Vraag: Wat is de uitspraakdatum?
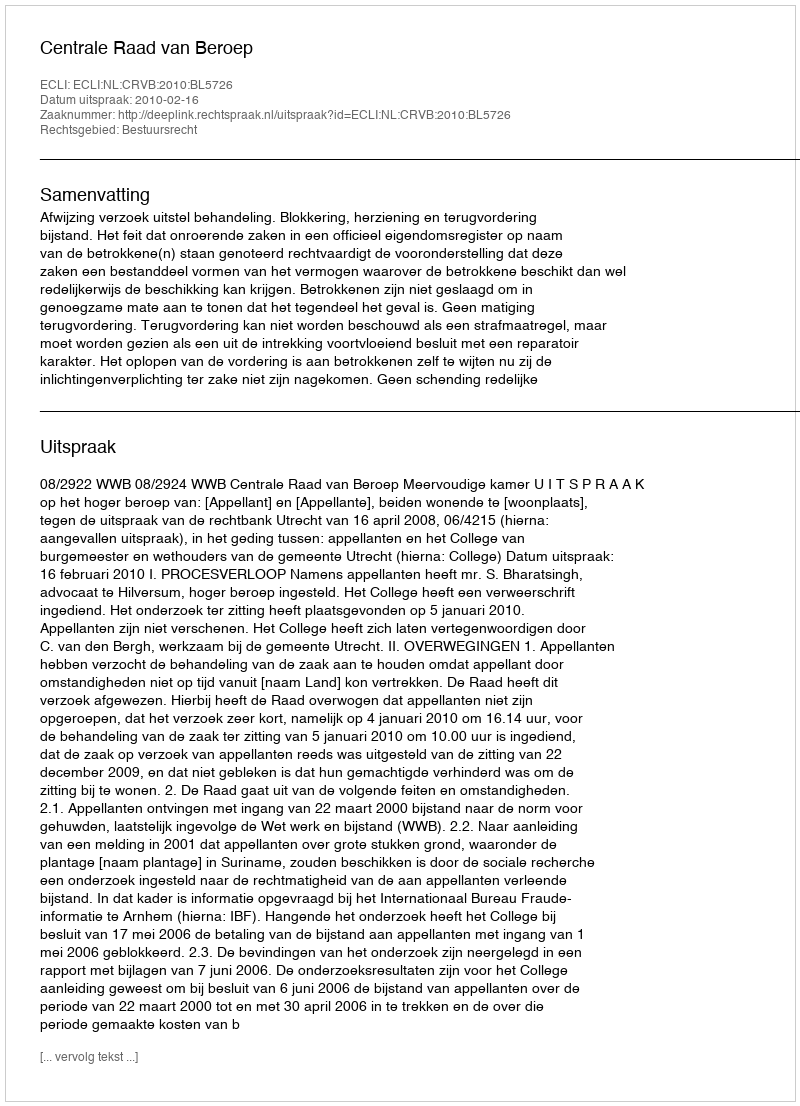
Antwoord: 2010-02-16